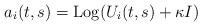
LaTeX: \begin{align*} a_i(t,s) = {\rm Log} ( U_i(t,s) + \kappa I)\end{align*}